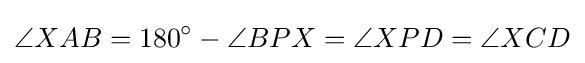
\angle XAB=180^{\circ }-\angle BPX=\angle XPD=\angle XCD